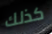
كذلك